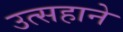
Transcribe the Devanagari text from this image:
उत्सहाने